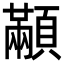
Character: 顢